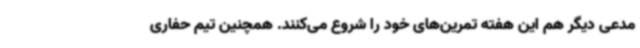
مدعی دیگر هم این هفته تمرین‌های خود را شروع می‌کنند. همچنین تیم حفاری